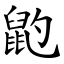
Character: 䶂